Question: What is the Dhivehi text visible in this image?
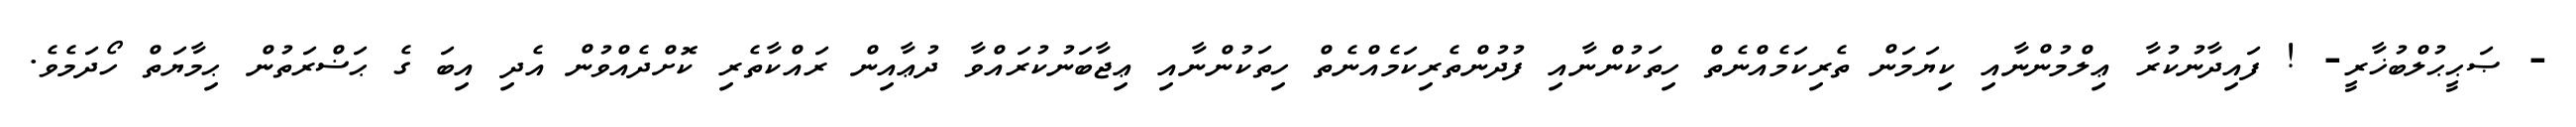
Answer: - ޞަޙީޙުލްބުޚާރީ- ! ފައިދާނުކުރާ ޢިލްމުންނާއި ކިޔަމަން ތެރިކަމެއްނެތް ހިތަކުންނާއި ފުދުންތެރިކަމެއްނެތް ހިތަކުންނާއި ޢިޖާބަނުކުރައްވާ ދުޢާއިން ރައްކާތެރި ކޮށްދެއްވުން އެދި އިބަ ގެ ޙަޟްރަތުން ޙިމާޔަތް ހޯދަމެވެ.